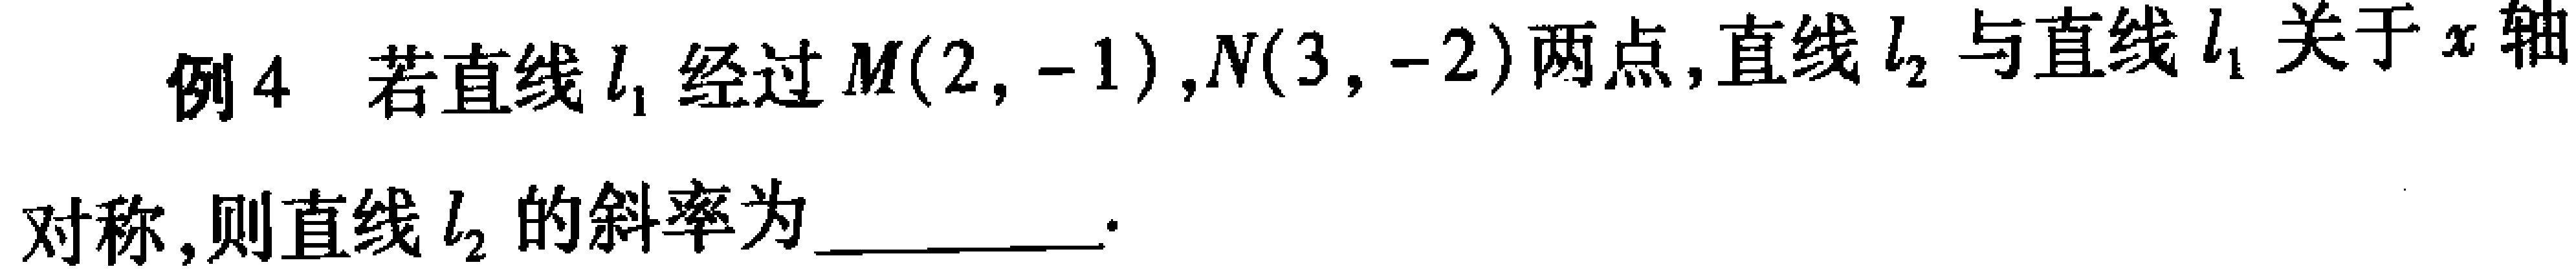
例4 若直线\(l_{1}\)经过\(M(2, -1)\)，\(N(3, -2)\)两点，直线\(l_{2}\)与直线\(l_{1}\)关于\(x\)轴对称，则直线\(l_{2}\)的斜率为__________.